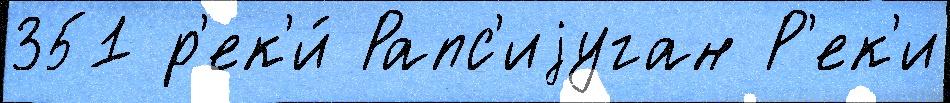
351 р'ек'и́ Рапс'иjуган Р'ек'и